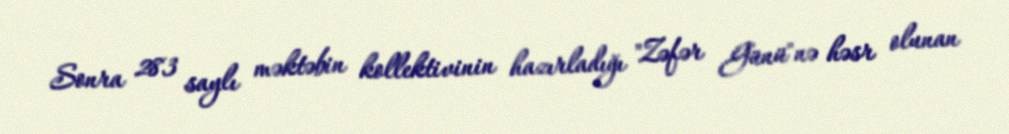
Sonra 283 saylı məktəbin kollektivinin hazırladığı "Zəfər Günü"nə həsr olunan